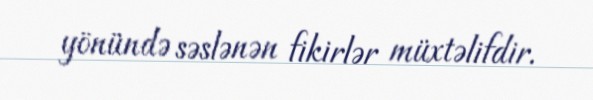
yönündə səslənən fikirlər müxtəlifdir.